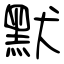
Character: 默